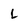
Character: L